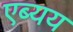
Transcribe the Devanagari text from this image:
एब्यय